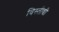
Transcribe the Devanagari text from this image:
विस्तीच्ची